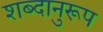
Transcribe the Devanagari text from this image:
शब्दानुरूप